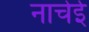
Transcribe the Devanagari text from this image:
नाचेई